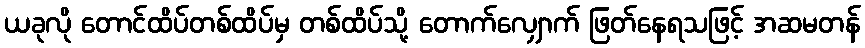
ယခုလို တောင်ထိပ်တစ်ထိပ်မှ တစ်ထိပ်သို့ တောက်လျှောက် ဖြတ်နေရသဖြင့် အဆမတန်